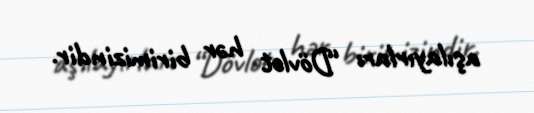
aşılayırlar: “Dövlət hər birimizindir.